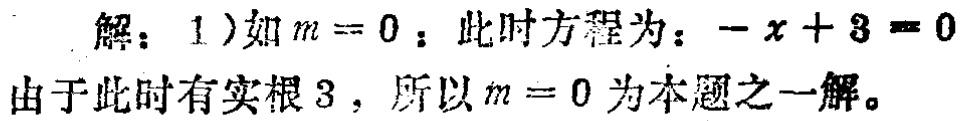
解：1）如\(m = 0\)：此时方程为：\(-x + 3 = 0\)

由于此时有实根\(3\)，所以\(m = 0\)为本题之一解。